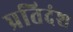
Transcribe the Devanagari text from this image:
प्रतिदंश